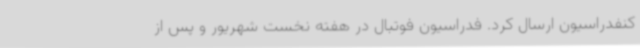
کنفدراسیون ارسال کرد. فدراسیون فوتبال در هفته نخست شهریور و پس از